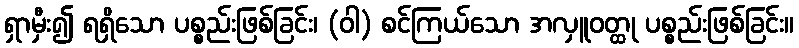
ရှာမှီး၍ ရရှိသော ပစ္စည်းဖြစ်ခြင်း၊ (ဝါ) စင်ကြယ်သော အလှူဝတ္ထု ပစ္စည်းဖြစ်ခြင်း။